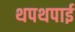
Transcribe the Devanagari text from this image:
थपथपाई